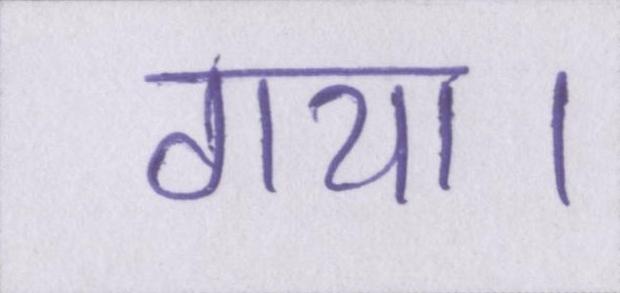
गया।